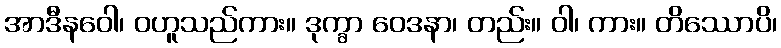
အာဒီနဝေါ၊ ဝဟူသည်ကား။ ဒုက္ခာ ဝေဒနာ၊ တည်း။ ဝါ၊ ကား။ တိဿောပိ၊